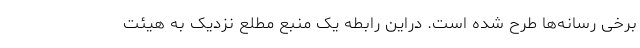
برخی رسانه‌ها طرح شده است. دراین رابطه یک منبع مطلع نزدیک به هیئت